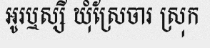
អូរឬស្សី ឃុំស្រែចារ ស្រុក